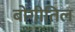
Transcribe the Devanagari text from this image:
बोगीतिल